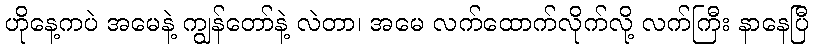
ဟိုနေ့ကပဲ အမေနဲ့ ကျွန်တော်နဲ့ လဲတာ၊ အမေ လက်ထောက်လိုက်လို့ လက်ကြီး နာနေပြီ